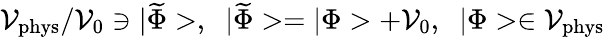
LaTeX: {\cal V}_{\mathrm{phys}}/{\cal V}_{0}\ni|\widetilde{\Phi}>,\; \; |\widetilde{\Phi}>=|\Phi>+{\cal V}_{0},\; \; |\Phi>\in{\cal V}_{\mathrm{phys}}